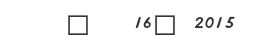
@   16? 2015